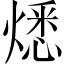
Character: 𤎕